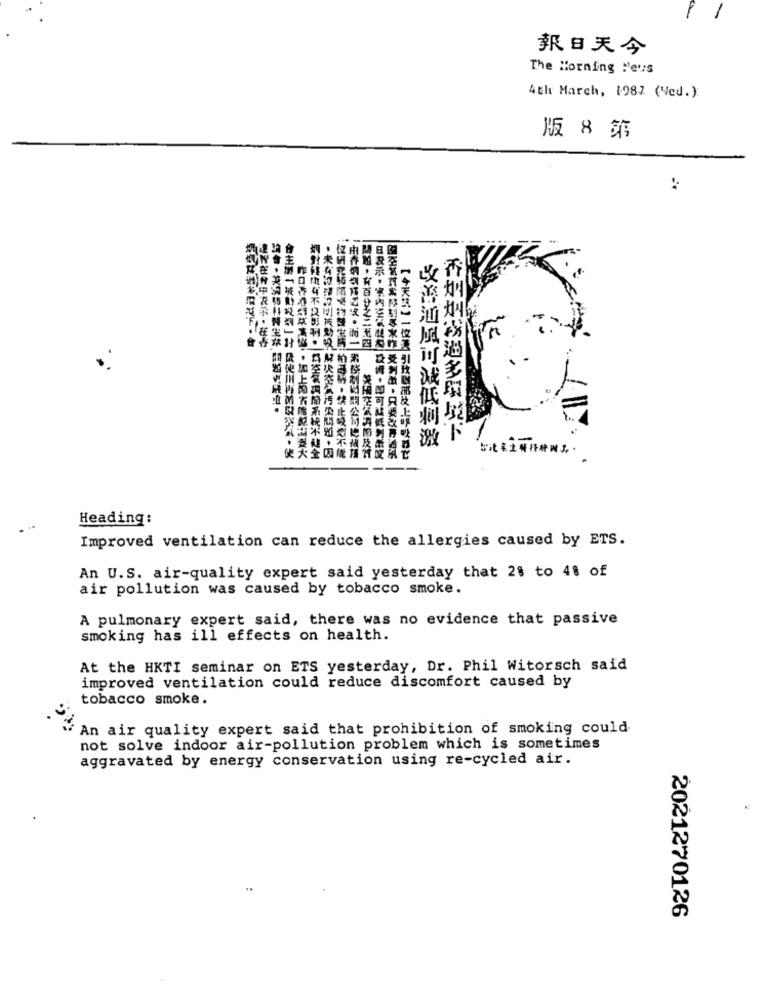
報日天今
The Morning "eus
4th March, 1987 (Ved.)
版 8 第
改善通風可減低刺激
香烟烟锅過多環境下
命主辦「城動我切」封 康健川再补助空氣,做
作口市春日艾美妈 :, 加上擁有嘴說出版大
焖對健康有不良影响, 吕空氣调蘭系統不健全
·業有沙建设出液動没 解决空氣污公問题,因
:經研究师常亮 物醫生開 柏み精,禁止吸乾不能
:由香烟引满江文·而二 素格制凶間公司總機護
品超· 有百分之二至四 美国空氣真的技术
日表示,案内空氣族和 设情,即可以低利新】
国空氧理案球射專水中 受刺激,只要改善通風
【今天凡】一位选 引玫联部发上呼吸器艺
Heading:
Improved ventilation can reduce the allergies caused by ETS.
An U.S. air-quality expert said yesterday that 2% to 4% of
air pollution was caused by tobacco smoke.
A pulmonary expert said, there was no evidence that passive
smoking has ill effects on health.
At the HKTI seminar on ETS yesterday, Dr. Phil Witorsch said
improved ventilation could reduce discomfort caused by
tobacco smoke.
An air quality expert said that prohibition of smoking could
not solve indoor air-pollution problem which is sometimes
aggravated by energy conservation using re-cycled air.
2021270126